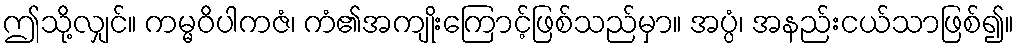
ဤသို့လျှင်။ ကမ္မဝိပါကဇံ၊ ကံ၏အကျိုးကြောင့်ဖြစ်သည်မှာ။ အပ္ပံ၊ အနည်းငယ်သာဖြစ်၍။